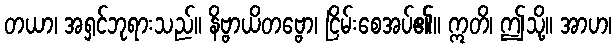
တယာ၊ အရှင်ဘုရားသည်။ နိဗ္ဗာယိတဗ္ဗော၊ ငြိမ်းစေအပ်၏။ ဣတိ၊ ဤသို့။ အာဟ၊